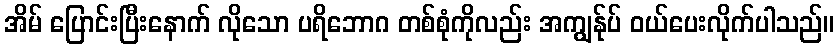
အိမ် ပြောင်းပြီးနောက် လိုသော ပရိဘောဂ တစ်စုံကိုလည်း အကျွန်ုပ် ဝယ်ပေးလိုက်ပါသည်။